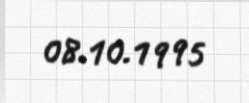
08.10.1995